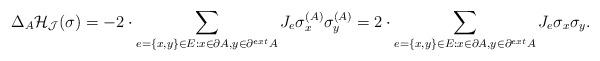
LaTeX: \begin{align*} \Delta_A \mathcal{H}_{\mathcal{J}}(\sigma) = - 2 \cdot \sum_{e =\{x, y\}\in E : x\in \partial A, y \in \partial^{ext} A } J_{e }\sigma^{(A)}_x \sigma^{(A)}_y = 2 \cdot\sum_{e =\{x , y\}\in E: x\in\partial A, y \in \partial^{ext} A} J_{e }\sigma_x \sigma_y.\end{align*}